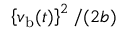
\left\{ v _ { \mathrm { b } } ( t ) \right\} ^ { 2 } / ( 2 b )